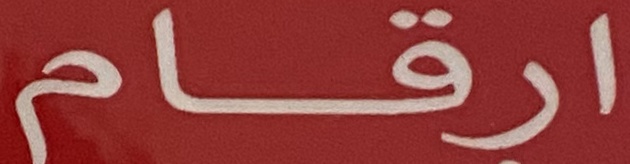
ارقام